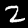
Label: 2